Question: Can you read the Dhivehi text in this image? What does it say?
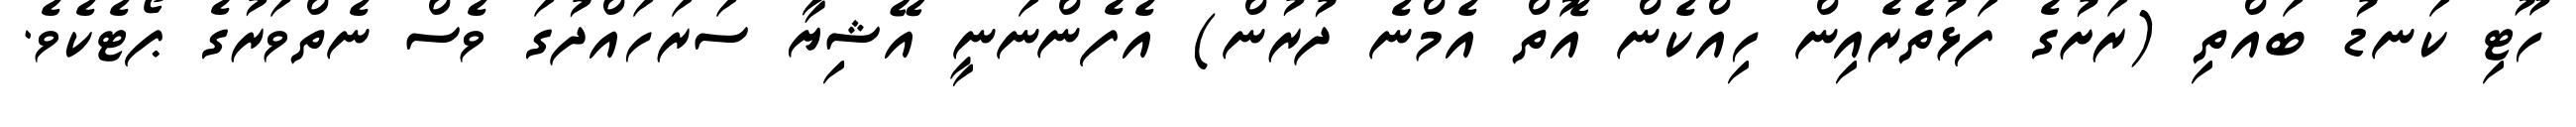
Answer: ހޫޓި ކަނޑު ބައްތި (ރަށުގެ ފަޅުތެރެއިން ހިއްކެން އޮތް އެމްނެ ދުރުން) އެފެންނަނީ އޭޝިޔާ ސަރަހައްދުގަ ވެސް ނެތްވަރުގެ ޕޯޓެކެވެ.